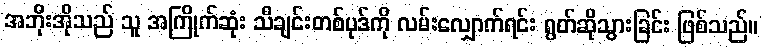
အဘိုးအိုသည် သူ အကြိုက်ဆုံး သီချင်းတစ်ပုဒ်ကို လမ်းလျှောက်ရင်း ရွတ်ဆိုသွားခြင်း ဖြစ်သည်။